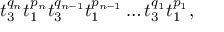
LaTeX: t _ { 3 } ^ { q _ { n } } t _ { 1 } ^ { p _ { n } } t _ { 3 } ^ { q _ { n - 1 } } t _ { 1 } ^ { p _ { n - 1 } } \ldots t _ { 3 } ^ { q _ { 1 } } t _ { 1 } ^ { p _ { 1 } } ,